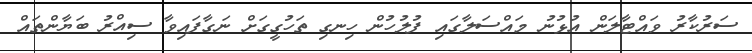
ސަރުކާރު ވައްޓާލަން އުޅުނު މައްސަލާގައި ފުލުހުން ހިނގި ތަހުގީގަށް ނަގާފައިވާ ސިއްރު ބަޔާންތައް